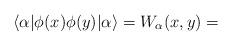
LaTeX: \begin{align*}\langle \alpha |\phi (x)\phi (y)|\alpha \rangle =W_{\alpha }(x,y)=\end{align*}